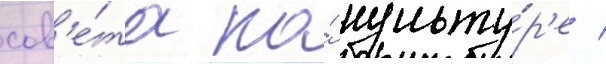
сов'е́та по́ культу́р'е /